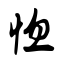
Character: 惚